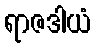
ရာဇဒါယံ